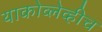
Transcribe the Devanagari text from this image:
याकोव्लेव्हीच